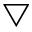
\bigtriangledown